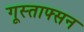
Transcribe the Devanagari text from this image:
गूस्ताफ्सन